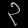
Digit: ၃